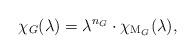
LaTeX: \begin{align*}\chi_G(\lambda) = \lambda^{n_G} \cdot \chi_{\mathrm{M}_G}(\lambda),\end{align*}